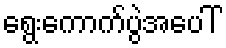
ရွေးကောက်ပွဲအပေါ်